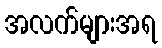
အလက်များအရ